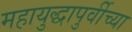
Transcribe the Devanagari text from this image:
महायुद्धापुर्वीच्या